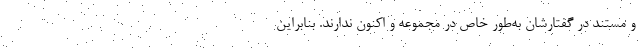
و مستند در گفتارشان به‌طور خاص در مجموعه و اکنون ندارند. بنابراین